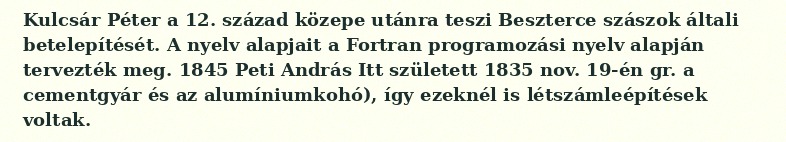
Kulcsár Péter a 12. század közepe utánra teszi Beszterce szászok általi betelepítését. A nyelv alapjait a Fortran programozási nyelv alapján tervezték meg. 1845 Peti András Itt született 1835 nov. 19-én gr. a cementgyár és az alumíniumkohó), így ezeknél is létszámleépítések voltak.